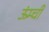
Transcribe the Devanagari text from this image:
ऊंम्ची